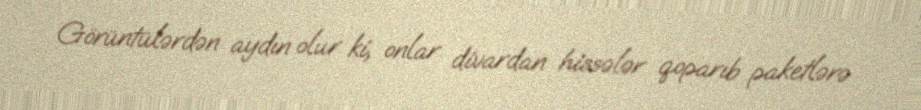
Görüntülərdən aydın olur ki, onlar divardan hissələr qoparıb paketlərə